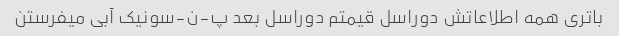
باتری همه اطلاعاتش دوراسل قیمتم دوراسل بعد پ-ن-سونیک آبی میفرستن